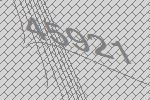
45921